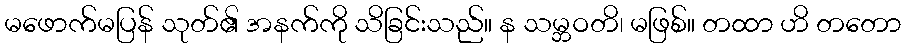
မဖောက်မပြန် သုတ်၏ အနက်ကို သိခြင်းသည်။ န သမ္ဘဝတိ၊ မဖြစ်။ တထာ ဟိ တတော